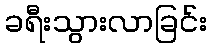
ခရီးသွားလာခြင်း